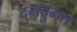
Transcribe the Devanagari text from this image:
दुमदुमत